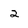
Character: 2